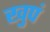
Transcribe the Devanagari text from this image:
खुपं